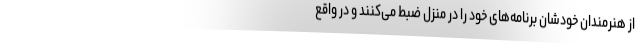
از هنرمندان خودشان برنامه‌های خود را در منزل ضبط می‌کنند و در واقع